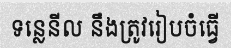
ទន្លេនីល នឹងត្រូវរៀបចំធ្វើ